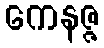
ကေနဇ္ဇ